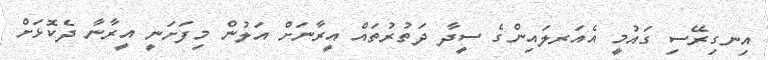
އިނގިރޭސި ގައުމީ އެއަރލައިންގެ ސީދާ ދަތުރުތައް އީރާނަށް އަލުން މިފަށަނީ އީރާނާ ދެކޮޅަށް